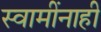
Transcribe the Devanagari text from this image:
स्वामींनाही